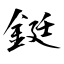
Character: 鋌